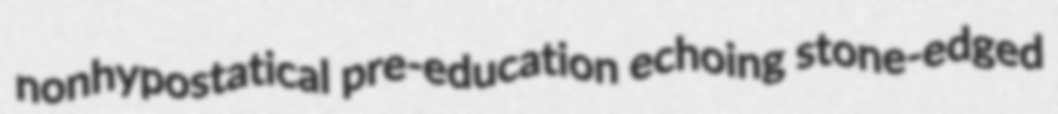
nonhypostatical pre-education echoing stone-edged